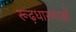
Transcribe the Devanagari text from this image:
रूढ़धारणाओं